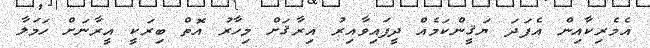
އެމެރިކާއިން އެފަދަ ޔަޤީންކަމެއް ދީފައިވާއިރު އިރާޤަށް މިހާރު އޮތް ބިރަކީ އީރާނަށް ހަމަލާ